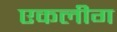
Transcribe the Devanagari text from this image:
एकलीग